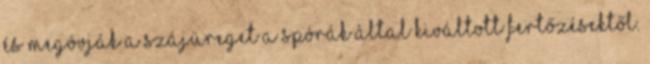
és megóvják a szájüreget a spórák által kiváltott fertőzésektől.